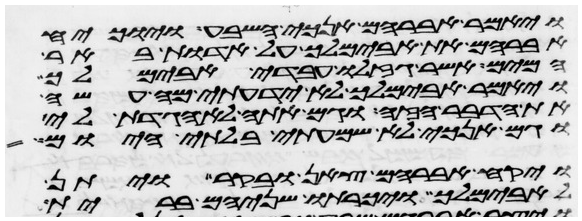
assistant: ויאמר אברהם אנכי השבע והוכיח
אברהם את אבימלך על אדות באר
המים אשר גזלו עבדי אבימלך
ויאמר אבימלך לא ידעתי מי עשה
את הדבר הזה וגם אתה לא הגדת לי
וגם אנכי לא שמעתי בלתי היום
ויקח אברהם צאן ובקר ויתן
לאבימלך ויכרתו שניהם ברית